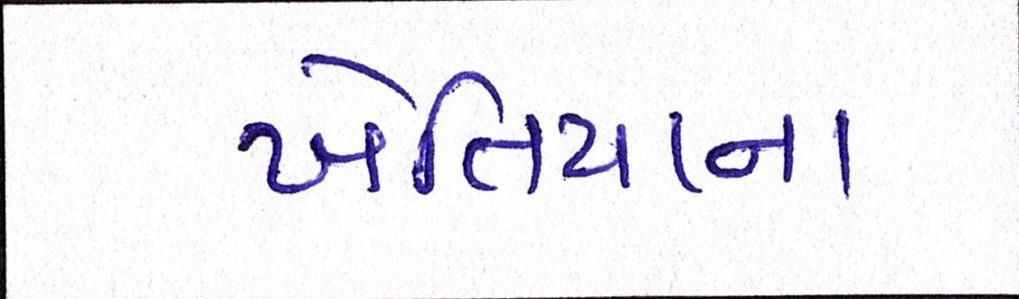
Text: ખેતિયાના